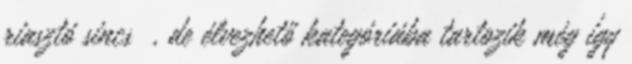
riasztó sincs , de élvezhető kategóriába tartozik még így